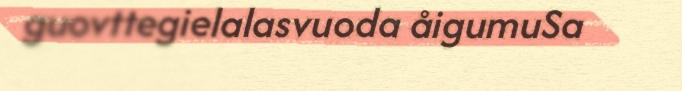
guovttegielalasvuoda åigumuSa